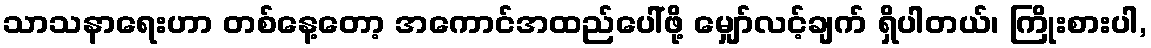
သာသနာရေးဟာ တစ်နေ့တော့ အကောင်အထည်ပေါ်ဖို့ မျှော်လင့်ချက် ရှိပါတယ်၊ ကြိုးစားပါ,